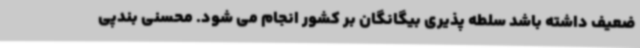
ضعیف داشته باشد سلطه پذیری بیگانگان بر کشور انجام می شود. محسنی بندپی